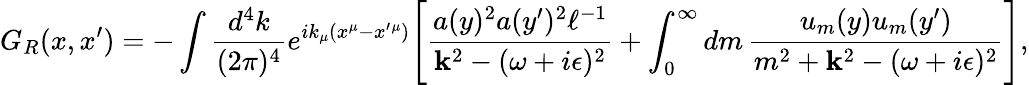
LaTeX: G_{R}(x,x^{\prime})=-\int{\frac{d^{4}k}{(2\pi)^{4}}}e^{ik_{\mu}(x^{\mu}-x^{\prime}{}^{\mu})}\Biggl[{\frac{a(y)^{2}a(y^{\prime})^{2}\ell^{-1}}{{\mathbf k}^{2}-(\omega+i\epsilon)^{2}}}+\int_{0}^{\infty}dm\, {\frac{u_{m}(y)u_{m}(y^{\prime})}{m^{2}+{\mathbf k}^{2}-(\omega+i\epsilon)^{2}}}\Biggr],